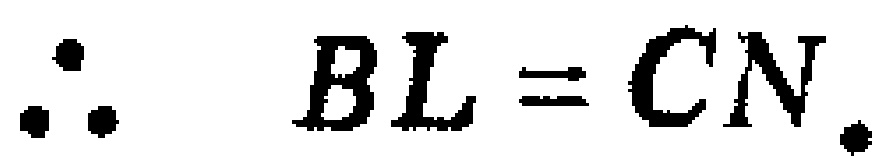
\(\therefore BL = CN.\)